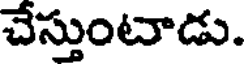
చేస్తుంటాడు.